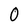
Character: 0